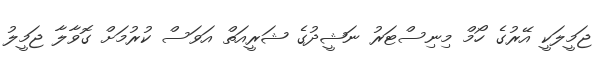
ޖަމީލަކީ އޭރުގެ ހޯމް މިނިސްޓަރު ނަޝީދުގެ ޝަރީއަތް އަވަސް ކުރުމަށް ގޮވާލާ ޖަމީލު